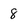
Character: 8